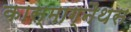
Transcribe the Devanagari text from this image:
कास्माग्नैथस